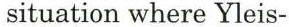
 situation where Yleis-